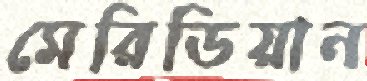
মেরিডিয়ান